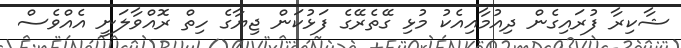
ޝާކިރާ ފުރައިގެން ދިއުމާއިއެކު މުޅި ގޭތެރޭގެ ފަޅުކަން ޖިޔާގެ ހިތް ރޮއްވާލަނީ އެއްވެސް